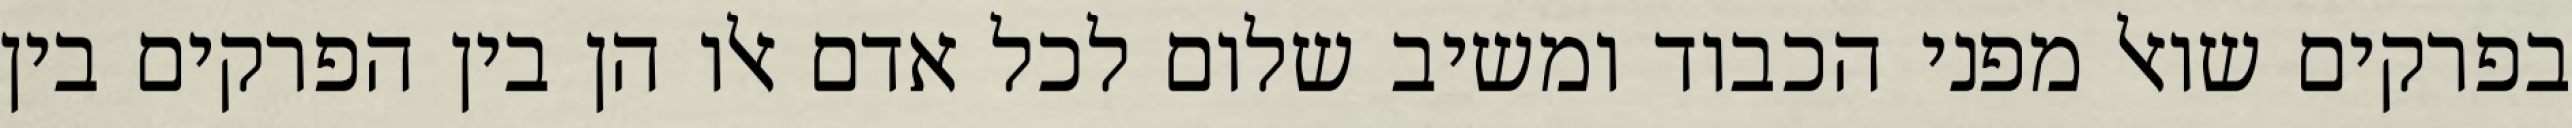
בפרקים שואל מפני הכבוד ומשיב שלום לכל אדם אלו הן בין הפרקים בין